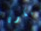
سيكون